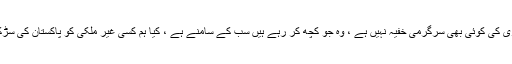
وزیر اعظم کا مزید کہنا تھا کہ طاہر القادری کی کوئی بھی سرگرمی خفیہ نہیں ہے ، وہ جو کچھ کر رہے ہیں سب کے سامنے ہے ، کیا ہم کسی غیر ملکی کو پاکستان کی سڑکوں پر احتجاج کی اجازت دے سکتے ہیں؟